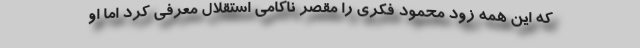
که این همه زود محمود فکری را مقصر ناکامی استقلال معرفی کرد اما او